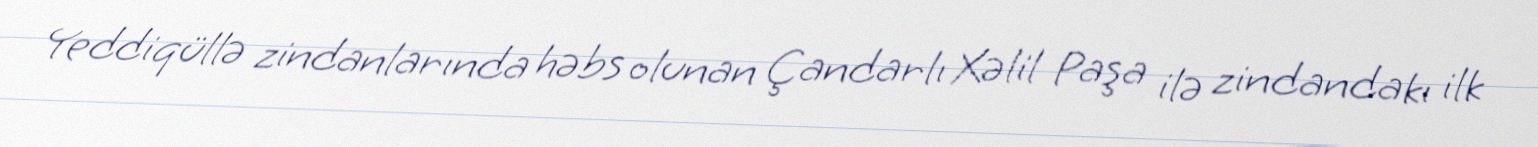
Yeddiqüllə zindanlarında həbs olunan Çandarlı Xəlil Paşa ilə zindandakı ilk